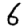
Digit: 6